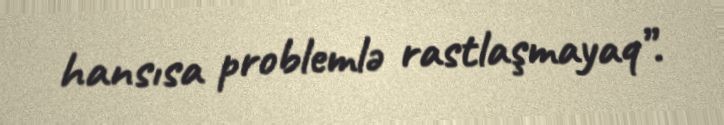
hansısa problemlə rastlaşmayaq”.